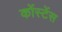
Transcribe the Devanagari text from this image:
कोंस्टेंस